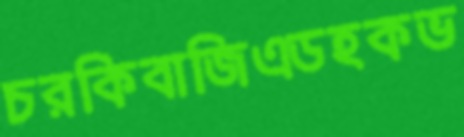
চরকিবাজিএডহকভ